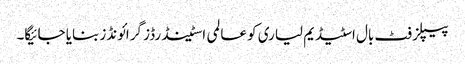
پیپلز فٹ بال اسٹیڈیم لیاری کو عالمی اسٹینڈرڈز گرائونڈز بنایا جائیگا۔